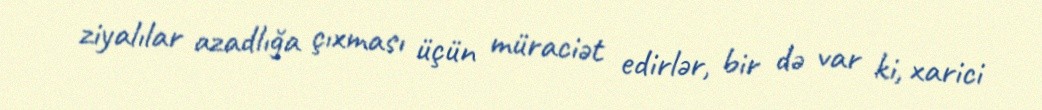
ziyalılar azadlığa çıxması üçün müraciət edirlər, bir də var ki, xarici